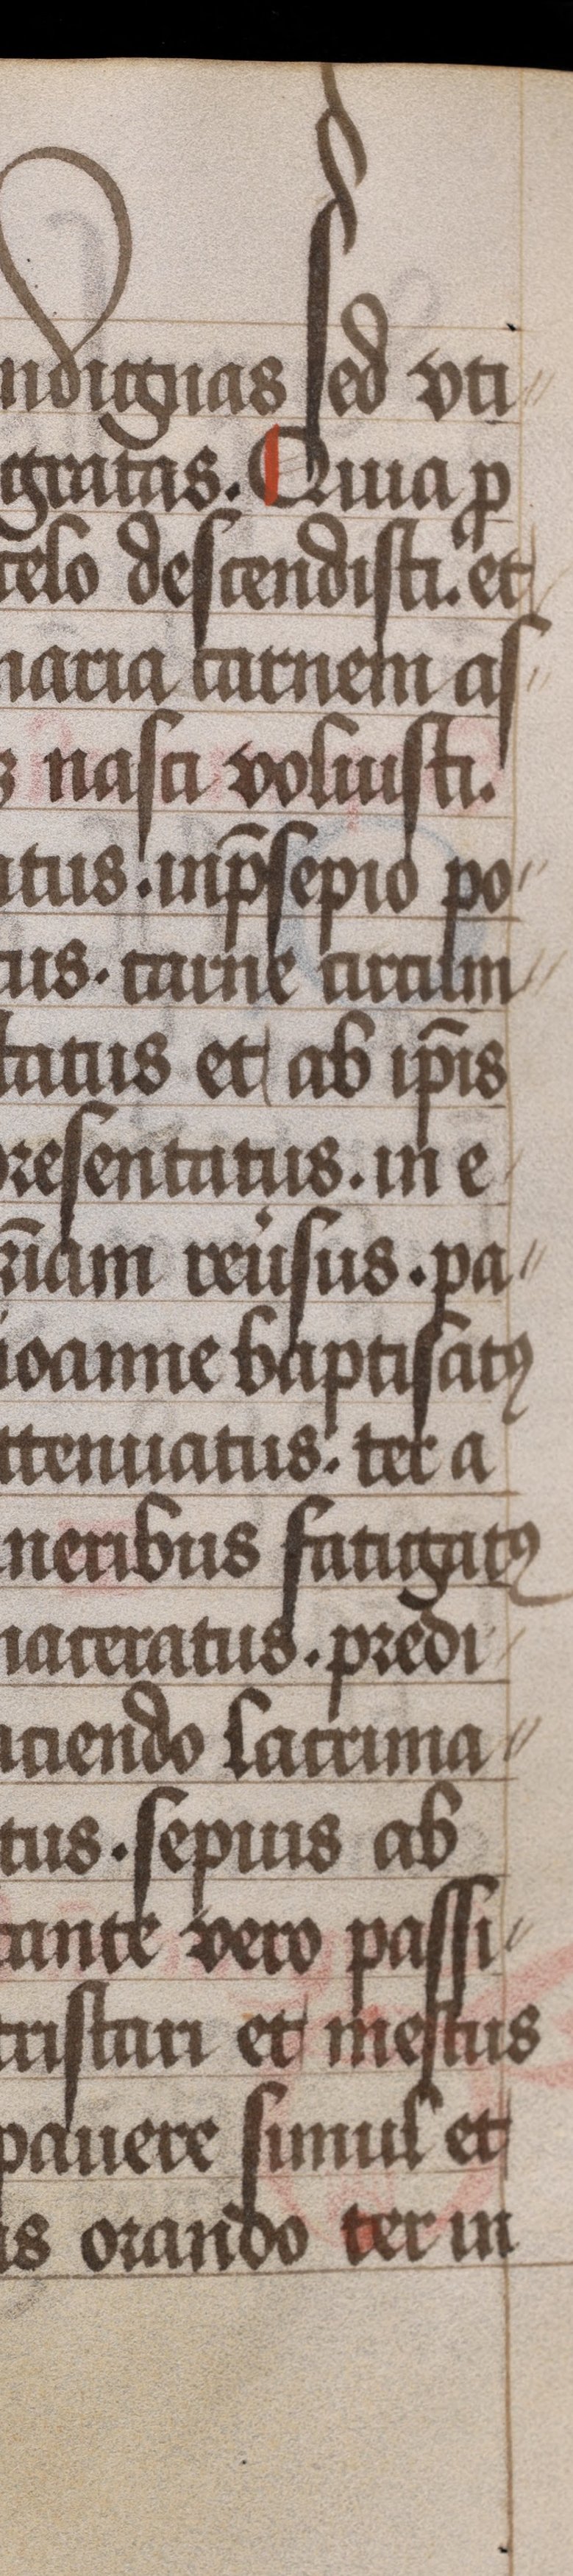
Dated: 1450–1499